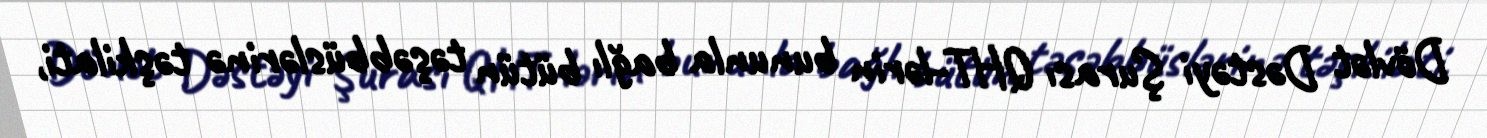
Dövlət Dəstəyi Şurası QHT-lərin bununla bağlı bütün təşəbbüslərinə təşkilati,